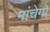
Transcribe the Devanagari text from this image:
मांचेगो